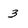
Character: 3